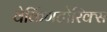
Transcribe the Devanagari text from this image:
वेर्किंगटोरिक्स